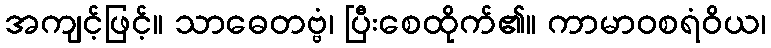
အကျင့်ဖြင့်။ သာဓေတဗ္ဗံ၊ ပြီးစေထိုက်၏။ ကာမာဝစရံဝိယ၊